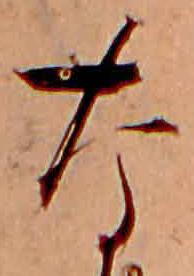
な